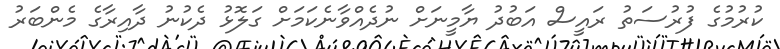
ކުުރުމުގެ ފުރުސަތު ރައީސް އަބުދު ޔާމީނަށް ނުދެއްވާނެކަމަށް ގަލޮޅު ދެކުނު ދާއިރާގެ މެންބަރު